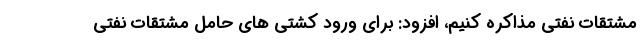
مشتقات نفتی مذاکره کنیم، افزود: برای ورود کشتی های حامل مشتقات نفتی